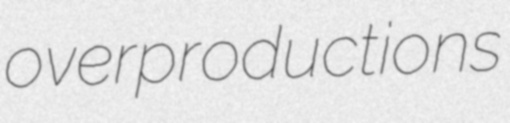
overproductions